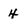
Character: 4